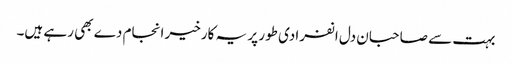
بہت سے صاحبان دل انفرادی طور پر یہ کارخیر انجام دے بھی رہے ہیں۔